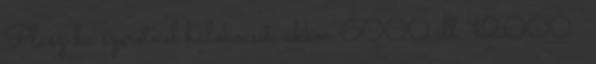
Plusz ha szeretnél hálókocsit, akkor 6000 ill. 12000